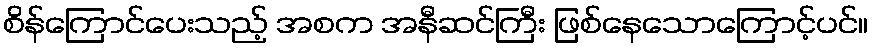
စိန်ကြောင်ပေးသည့် အစက အနီဆင်ကြီး ဖြစ်နေသောကြောင့်ပင်။